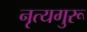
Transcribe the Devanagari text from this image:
नृत्यगुरू